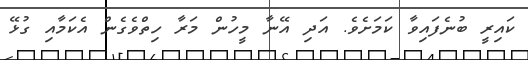
ކައިރީ ބުނެފައިވާ ކަމަށެވެ. އަދި އޭނާ މީހުން މަރާ ހިތްވެގެން އެކަމާއި ގުޅޭ